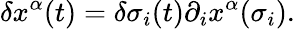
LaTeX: \delta x^{\alpha}(t)=\delta\sigma_{i}(t)\partial_{i}x^{\alpha}(\sigma_{i}).